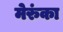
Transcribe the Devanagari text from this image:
मेरुंका